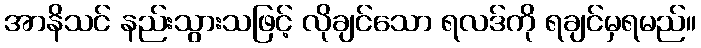
အာနိသင် နည်းသွားသဖြင့် လိုချင်သော ရလဒ်ကို ရချင်မှရမည်။